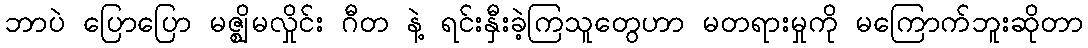
ဘာပဲ ပြောပြော မဇ္ဈိမလှိုင်း ဂီတ နဲ့ ရင်းနှီးခဲ့ကြသူတွေဟာ မတရားမှုကို မကြောက်ဘူးဆိုတာ